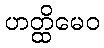
ဟတ္ထိမေဝ